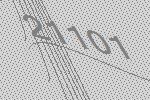
21101